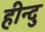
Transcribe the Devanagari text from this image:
हीन्दु